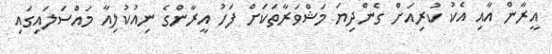
އީރާން އާއި އެކު ކުރިއަށް ގެންދިޔަ މަޝްވަރާތަކަށް ފަހު އީރާންގެ ނިއުކުލިއާ މައްސަލައިގައި